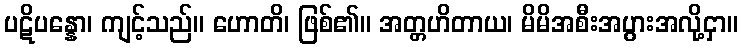
ပဋိပန္နော၊ ကျင့်သည်။ ဟောတိ၊ ဖြစ်၏။ အတ္တဟိတာယ၊ မိမိအစီးအပွားအလို့ငှာ။